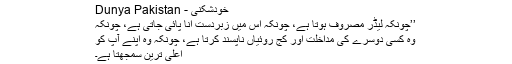
خودشکنی - Dunya Pakistan
’’چونکہ لیڈر مصروف ہوتا ہے، چونکہ اُس میں زبردست انا پائی جاتی ہے، چونکہ
وہ کسی دوسرے کی مداخلت اور کج روئیاں ناپسند کرتا ہے، چونکہ وہ اپنے آپ کو
اعلیٰ ترین سمجھتا ہے۔